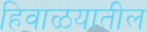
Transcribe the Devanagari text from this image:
हिवाळयातील